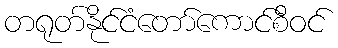
တရုတ်နိုင်ငံတော်ကောင်စီဝင်